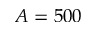
A = 5 0 0